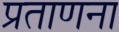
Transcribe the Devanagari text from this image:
प्रताणना